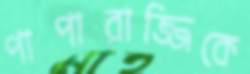
পাপারাজ্জিকে